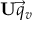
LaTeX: \mathbf { U } { \vec { q } } _ { v }